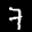
Label: 7